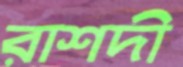
রাশদী